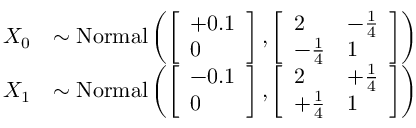
\begin{array} { r l } { X _ { 0 } } & { \sim \mathrm { N o r m a l } \left( \left[ \begin{array} { l } { + 0 . 1 } \\ { 0 } \end{array} \right] , \left[ \begin{array} { l l } { 2 } & { - \frac { 1 } { 4 } } \\ { - \frac { 1 } { 4 } } & { 1 } \end{array} \right] \right) } \\ { X _ { 1 } } & { \sim \mathrm { N o r m a l } \left( \left[ \begin{array} { l } { - 0 . 1 } \\ { 0 } \end{array} \right] , \left[ \begin{array} { l l } { 2 } & { + \frac { 1 } { 4 } } \\ { + \frac { 1 } { 4 } } & { 1 } \end{array} \right] \right) } \end{array}